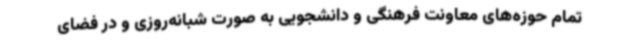
تمام حوزه‌های معاونت فرهنگی و دانشجویی به صورت شبانه‌روزی و در فضای